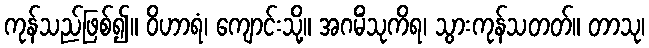
ကုန်သည်ဖြစ်၍။ ဝိဟာရံ၊ ကျောင်းသို့။ အဂမိံသုကိရ၊ သွားကုန်သတတ်။ တာသု၊